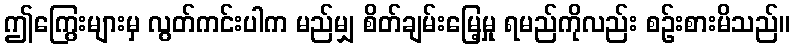
ဤကြွေးများမှ လွတ်ကင်းပါက မည်မျှ စိတ်ချမ်းမြေ့မှု ရမည်ကိုလည်း စဉ်းစားမိသည်။